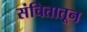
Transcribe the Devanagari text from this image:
संचितातून